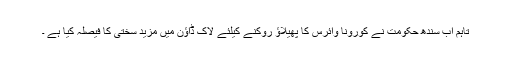
تاہم اب سندھ حکومت نے کورونا وائرس کا پھیلاؤ روکنے کیلئے لاک ڈاؤن میں مزید سختی کا فیصلہ کیا ہے ۔